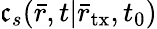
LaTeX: \mathfrak{c}_{s}(\bar{{r}},t|{{\bar{{r}}}_{\mathrm{{tx}}}},{t_{0}})